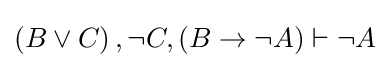
\left(B\lor C\right),\lnot C,\left(B\rightarrow \lnot A\right)\vdash \lnot A